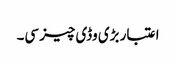
اعتبار بڑی وڈی چیز سی۔